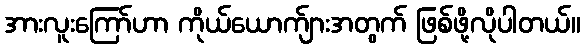
အားလူးကြော်ဟာ ကိုယ်ယောက်ျားအတွက် ဖြစ်ဖို့လိုပါတယ်။